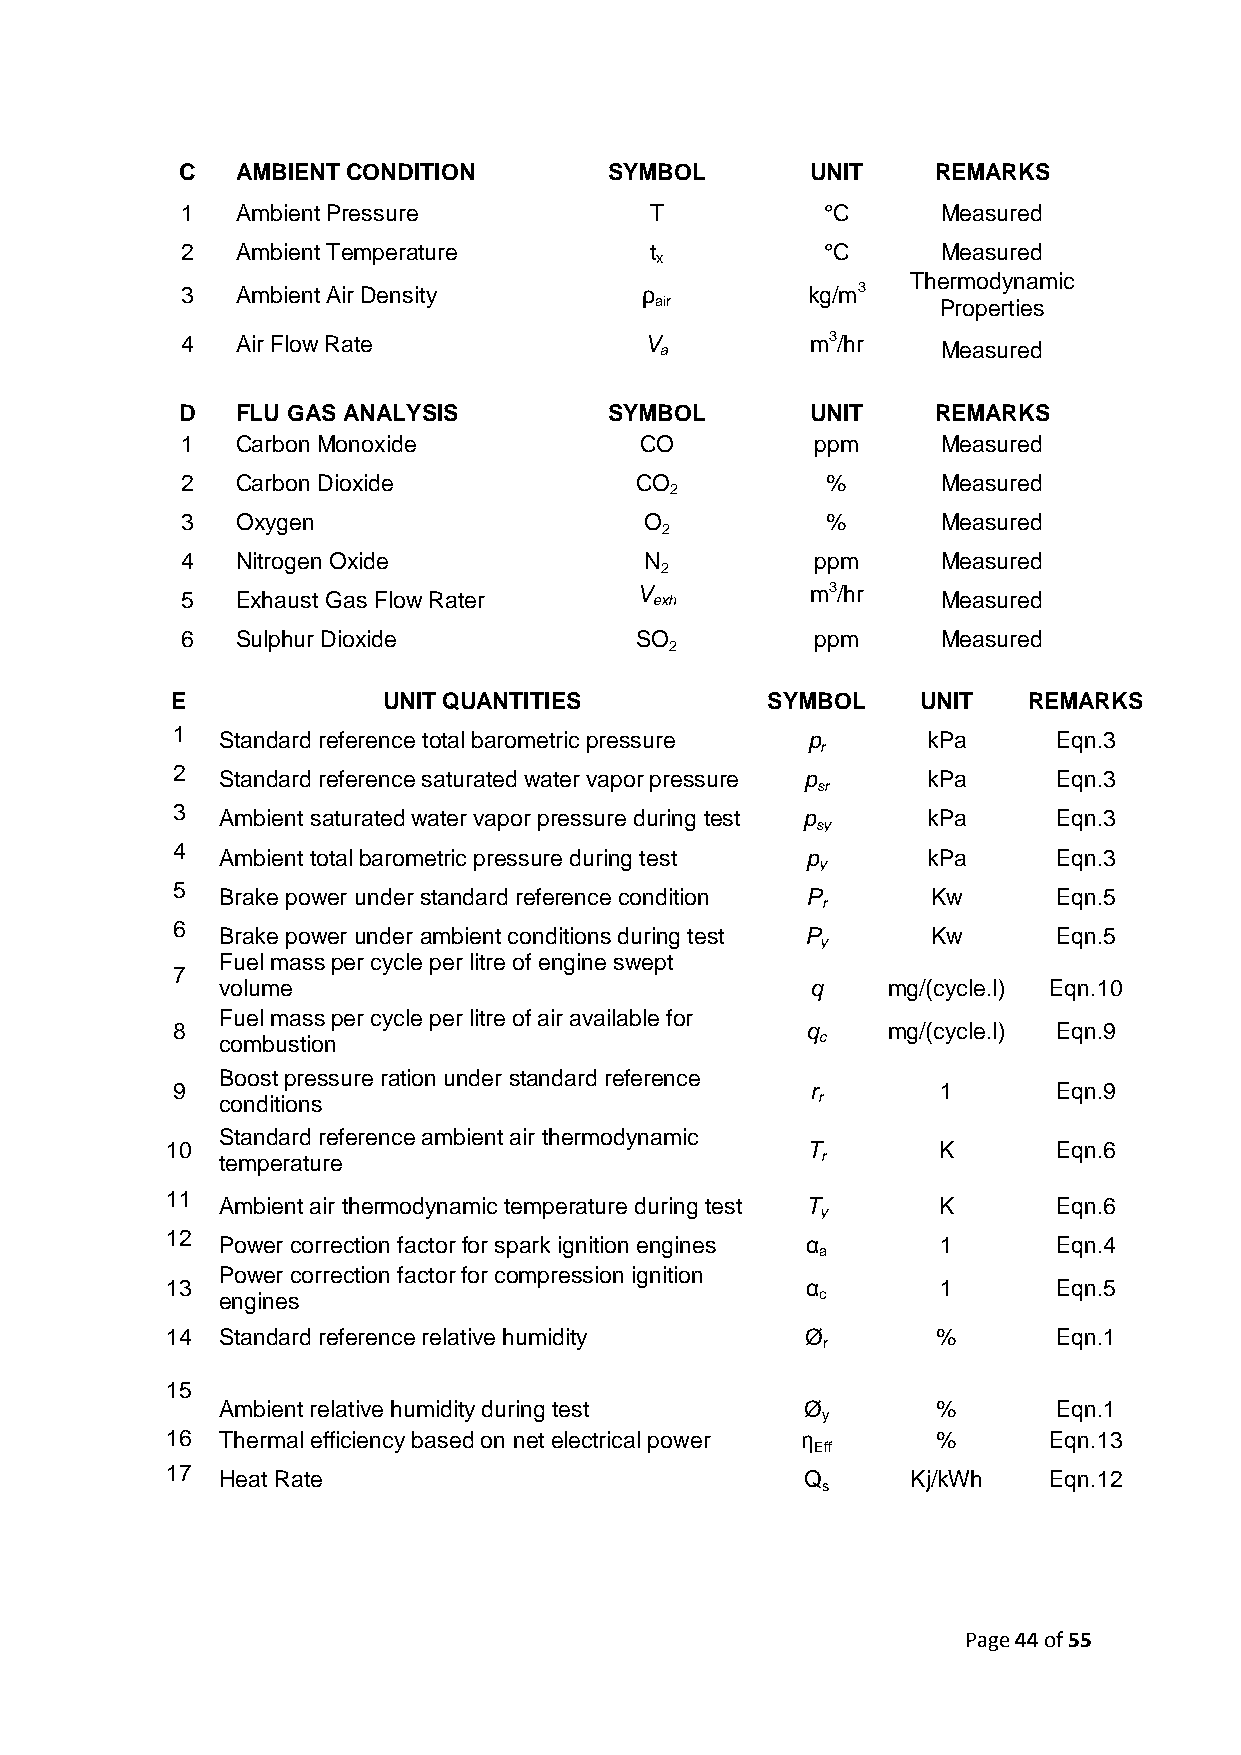
C   AMBIENT CONDITION       SYMBOL        UNIT    REMARKS
 1   Ambient Pressure           T           °C     Measured
 2   Ambient Temperature        t           °C     Measured
 x
 Thermodynamic
 3   Ambient Air Density       ρ          kg/m3
 air                Properties
 4   Air Flow Rate              V a        m3/hr   Measured
 D   FLU GAS ANALYSIS        SYM BOL       UN IT   REMA RKS
 1   Carbon Monoxide           CO          ppm     Measured
 2   Carbon Dioxide            CO           %      Measured
 2
 3   Oxygen                     O           %      Measured
 2
 4   Nitrogen Oxide             N          ppm     Measured
 2
 5   Exhaust Gas Flow Rater    V exh       m3/hr   Measured
 6   Sulphur Dioxide           SO          ppm     Measured
 2
 E             UNIT QUANTITIES           SYMBOL    UNIT   REMARKS
 1
 Standard reference total barometric pressure p kPa     Eqn.3
 r
 2   Standard reference saturated water vapor pressure p kPa Eqn.3
 sr
 3   Ambient saturated water vapor pressure during test p kPa Eqn.3
 sy
 4
 Ambient total barometric pressure during test p kPa    Eqn.3
 y
 5
 Brake power under standard reference condition P Kw    Eqn.5
 r
 6   Brake power under ambient conditions during test P Kw  Eqn.5
 y
 Fuel mass per cycle per litre of engine swept
 7
 volume                                 q    mg/(cycle.l) Eqn.10
 Fuel mass per cycle per litre of air available for
 8                                         q     mg/(cycle.l) Eqn.9
 combustion                             c
 Boost pressure ration under standard reference
 9                                          r       1       Eqn.9
 conditions                             r
 Standard reference ambient air thermodynamic
 10                                        T        K       Eqn.6
 temperature                            r
 11
 Ambient air thermodynamic temperature during test T K  Eqn.6
 y
 12
 Power correction factor for spark ignition engines α 1 Eqn.4
 a
 Power correction factor for compression ignition
 13                                        α        1       Eqn.5
 engines                                c
 14  Standard reference relative humidity  Ø        %       Eqn.1
 r
 15
 Ambient relative humidity during test Ø        %       Eqn.1
 y
 16  Thermal efficiency based on net electrical power η %  Eqn.13
 Eff
 17  Heat Rate                             Q      Kj/kWh   Eqn.12
 s
 Page 44 of 55